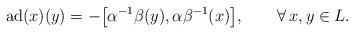
LaTeX: \begin{gather*} \operatorname{ad}(x)(y)=-\big[\alpha ^{-1}\beta (y), \alpha \beta ^{-1}(x)\big],\qquad\forall \, x, y\in L.\end{gather*}